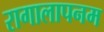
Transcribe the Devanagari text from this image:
रागालापनम